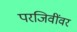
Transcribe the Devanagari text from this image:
परजिवींवर